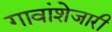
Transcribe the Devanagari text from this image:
गावांशेजारी